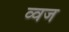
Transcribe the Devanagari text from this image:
व्वज